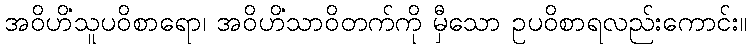
အဝိဟိံသူပဝိစာရော၊ အဝိဟိံသာဝိတက်ကို မှီသော ဥပဝိစာရလည်းကောင်း။